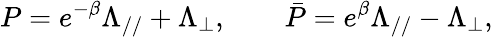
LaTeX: P=e^{-\beta}\Lambda_{//}+\Lambda_{\bot},\qquad\bar{P}=e^{\beta}\Lambda_{//}-\Lambda_{\bot},